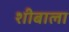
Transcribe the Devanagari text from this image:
शीबाला